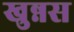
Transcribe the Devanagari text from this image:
खुन्नस